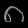
Digit: ၈